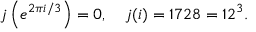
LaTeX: j \left( e ^ { 2 \pi i / 3 } \right) = 0 , \quad j ( i ) = 1 7 2 8 = 1 2 ^ { 3 } .